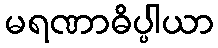
မရဏာဓိပ္ပါယာ